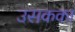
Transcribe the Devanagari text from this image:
उसकका